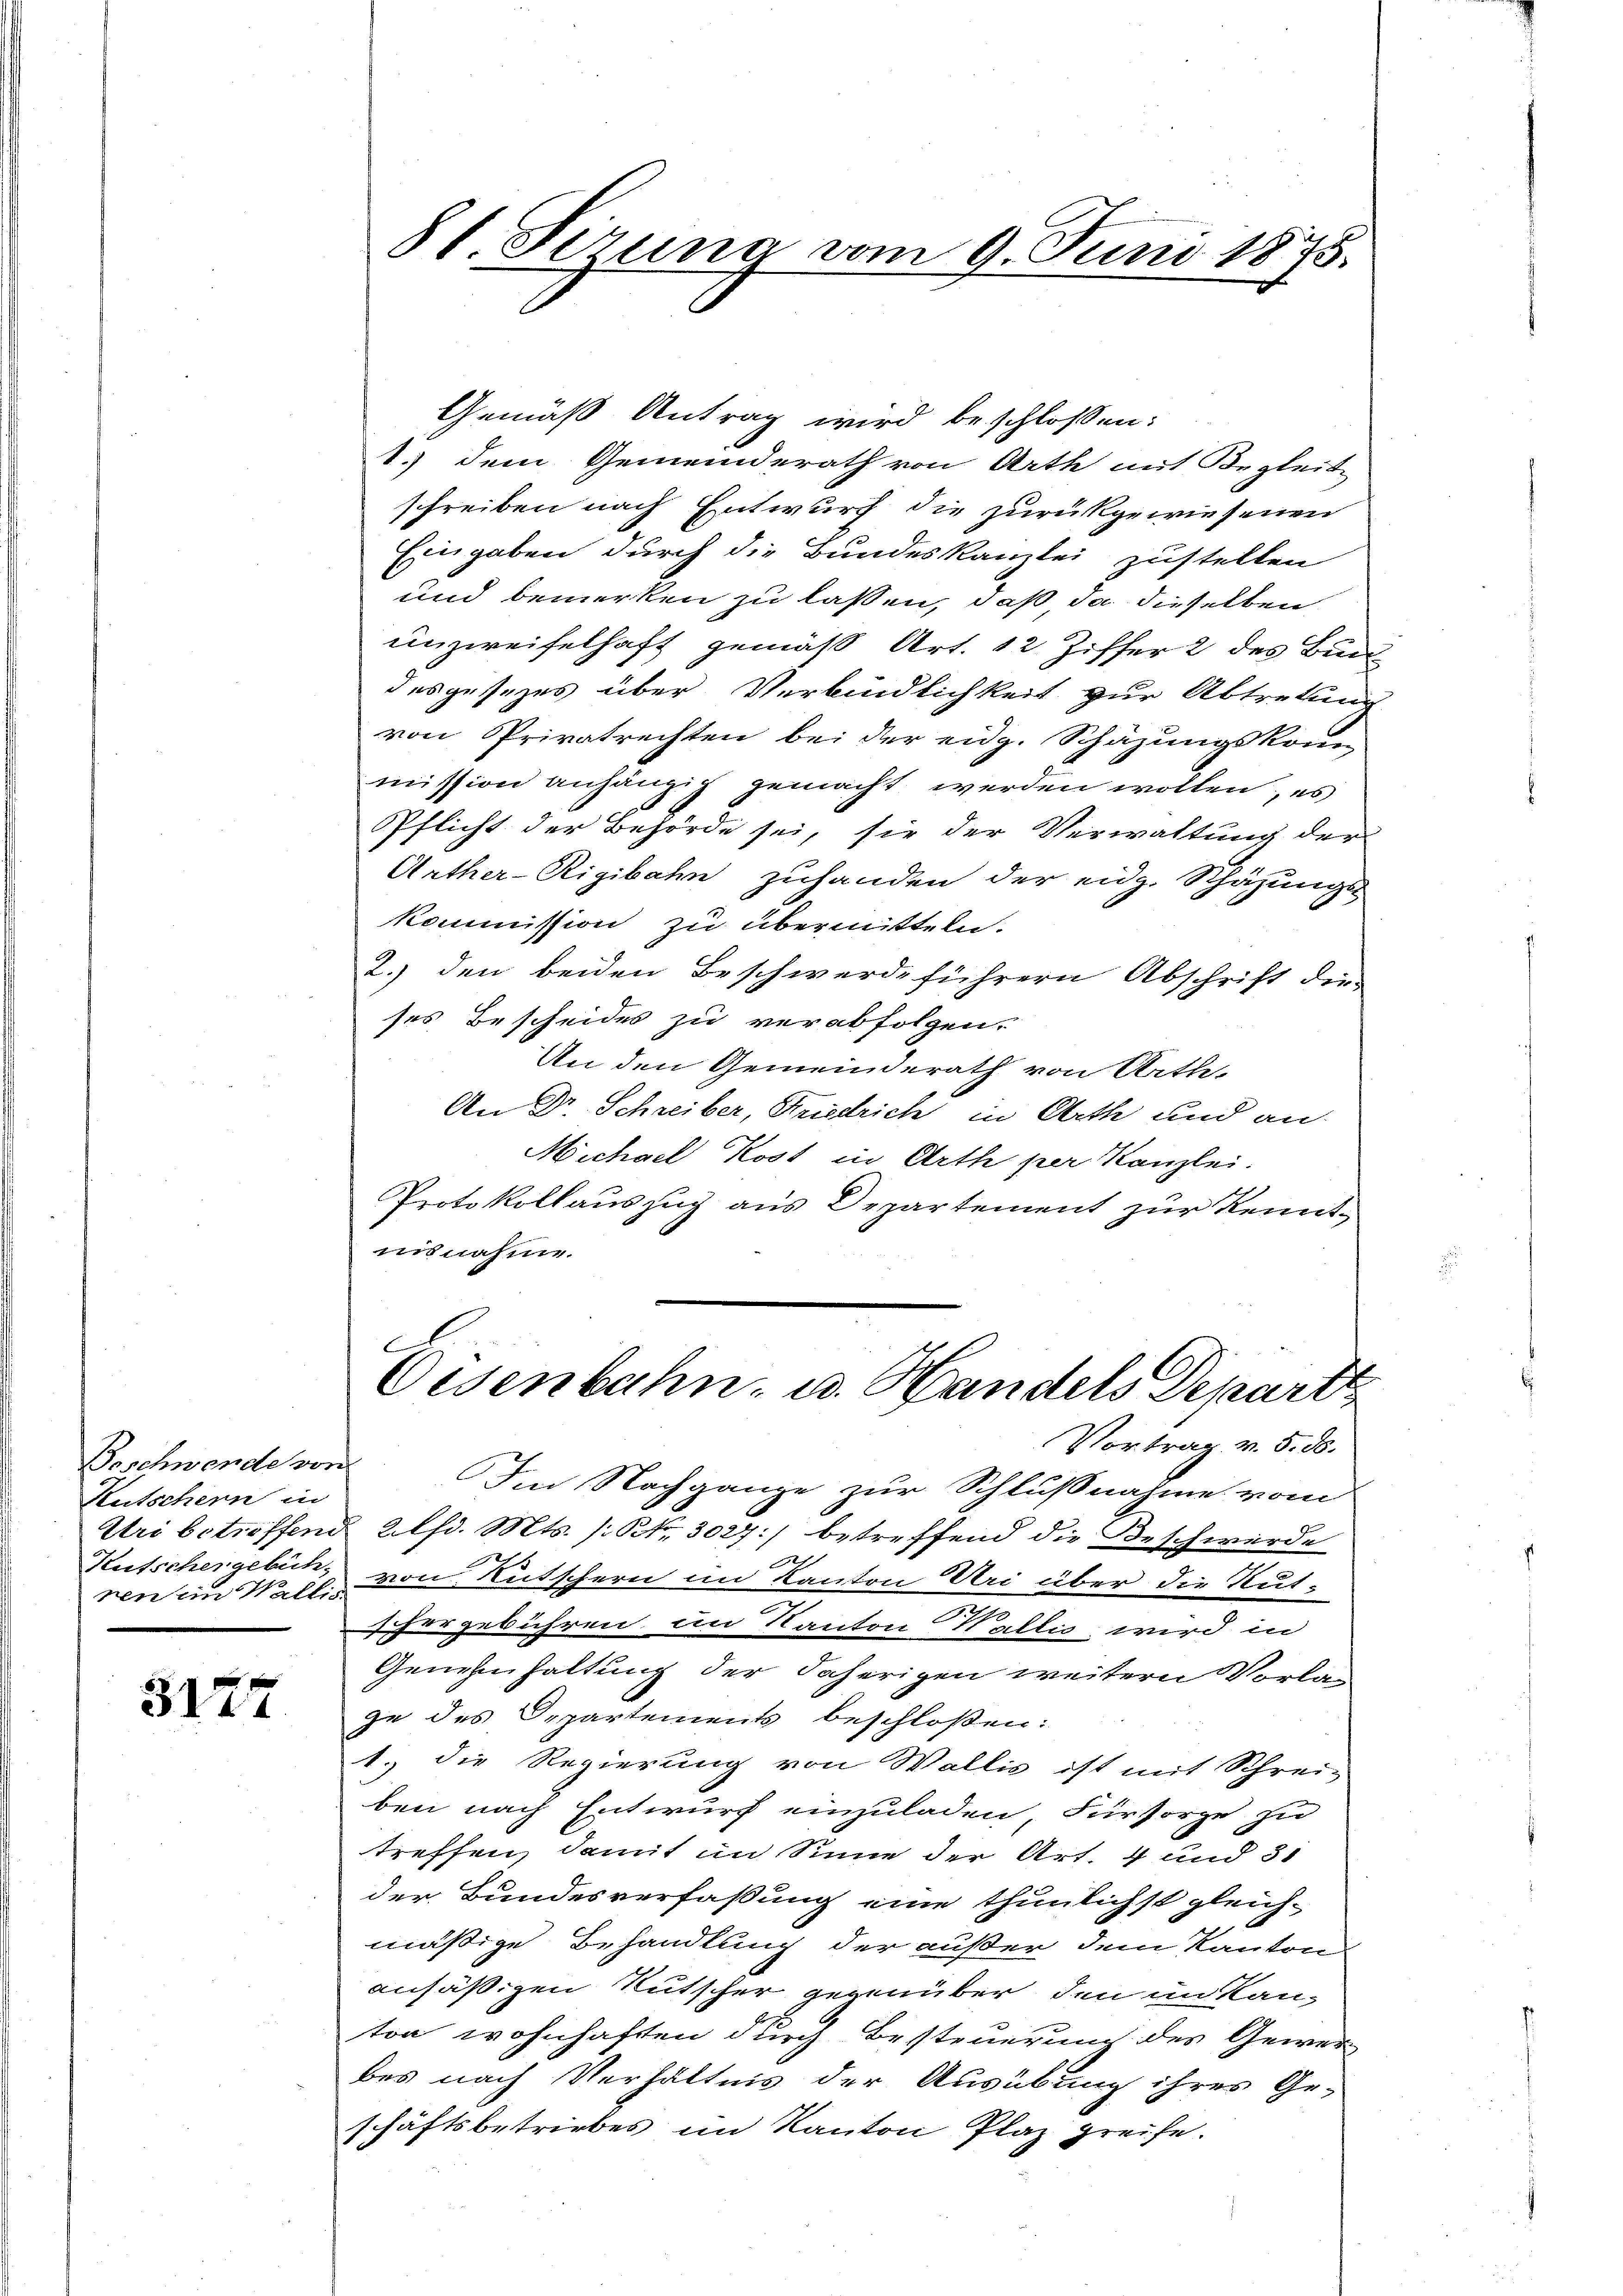
Beschwende von
Kutschern in
Uri betreffend
Kutscher gebüh-
nen im Walli-

3127

81 Gerung vom 9. Juni 1875.

Gemäß Antrag wird beschlossen:
1.) dem Gemeinderath von Arth mit Begleit
schreiben nach Entwurf die zurückgewiesenen
Eingaben durch die Bundeskanzlei zustellen
und bemerken zu lassen, daß da dieselben
unzweifelhaft gemäß Art. 12. Ziffer 2 des Bundesgesezes über Verbindlichkeit zur Abtretung
von Privatrechten bei der eidg. Schäzungskom
mission anhängig gemacht werden wollen, es
Pflicht der Behörde sei, sie der Verwaltung der
Arther-Rigibahn zuhanden der eidg. Schäzunge
Kommission zu übermitteln.
2.) den beiden Beschwerdeführern Abschrift dies
ses Bescheides zu verabfolgen.
An den Gemeinderath von Arth.
An Dr. Schreiber, Friedrich in Arth und an
Michael Kost in Arth per Kanzlei.
Protokollauszug aus Departement zur Kenntnisnahme.
.
Eisenbahn- u. Handels Depart
Vortrag v. 5. ds.
Im Nachgange zur Schlußnahme vom
2lfd. Mts. (: St. 3027:/ betreffend die Beschwerde
von Kutschern im Kanton Uri über die Rutschergebühren, im Kanton Wallis wird in
Genehmhaltung der daherigen weitern Vorlan
ge des Departements beschloßen:
1. die Regierung von Wallis ist mit Schrei-
ben nach Entwurf einzuladen, Fürsorge zu
treffen, damit in Sinne der Art. 4 und 31
der Bundesverfaßung eine thunlichst gleich-
mäßige Behandlung der außer dem Kantonen
ansäßigen Rutscher gegenüber den im Kanton wohnhaften durch Besteuerung des Gewer
bes nach Verhältnis der Ausübung ihres Geschäftsbetriebes im Kanton Plaz greife.